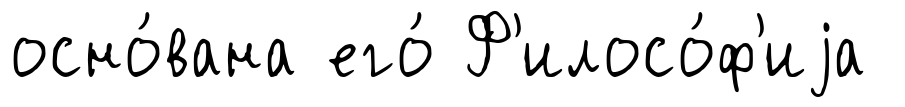
осно́вана его́ Ф'илосо́ф'иjа